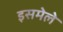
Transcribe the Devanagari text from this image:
इसमेले